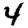
Digit: 4